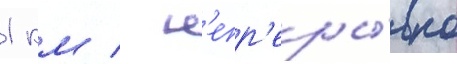
1 км / н'епр'еры́вно